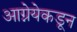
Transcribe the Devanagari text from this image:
आग्नेयेकडून